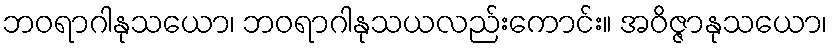
ဘဝရာဂါနုသယော၊ ဘဝရာဂါနုသယလည်းကောင်း။ အဝိဇ္ဇာနုသယော၊